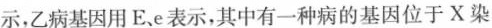
示，乙病基因用E.e表示，其中有一种病的基因位于X染